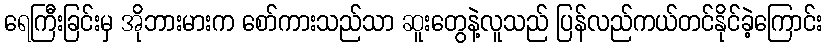
ရေကြီးခြင်းမှ အိုဘားမားက စော်ကားသည်သာ ဆူးတွေနဲ့လူသည် ပြန်လည်ကယ်တင်နိုင်ခဲ့ကြောင်း